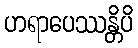
ဟရာပေဿန္တိပိ